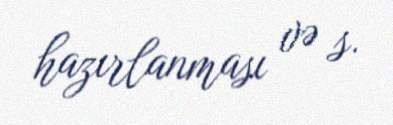
hazırlanması və s.